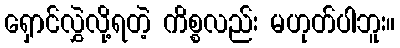
ရှောင်လွှဲလို့ရတဲ့ ကိစ္စလည်း မဟုတ်ပါဘူး။